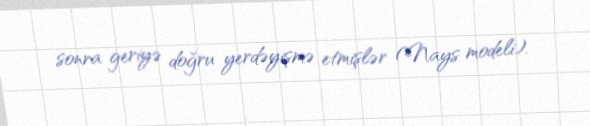
sonra geriyə doğru yerdəyişmə etmişlər (Nays modeli).